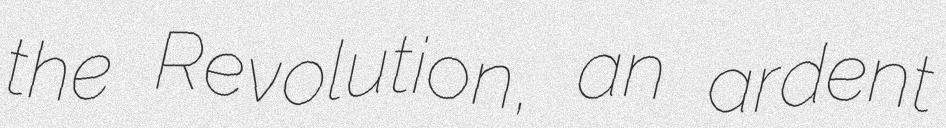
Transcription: the Revolution, an ardent